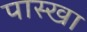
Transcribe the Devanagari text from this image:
पास्खा